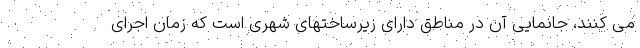
می کنند، جانمایی آن در مناطق دارای زیرساختهای شهری است که زمان اجرای